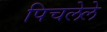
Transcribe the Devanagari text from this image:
पिचलेले